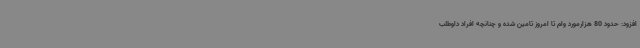
افزود: حدود 80 هزارمورد وام تا امروز تامین شده و چنانچه افراد داوطلب